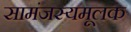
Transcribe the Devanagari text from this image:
सामंजस्यमूलक